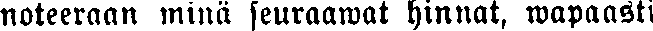
noteeraan minä seuraawat hinnat, wapaasti